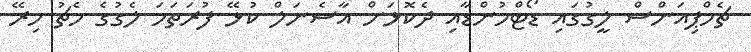
ޗެމްޕިއަންސް ލީގުގައި ޑޯޓްމުންޑާއި ދެކޮޅަށް އާސެނަލް ކުޅޭ ފުރަތަމަ ލެގުގެ މެޗު މިރޭ